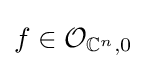
f\in {\mathcal {O}}_{\mathbb {C} ^{n},0}